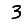
Digit: 3